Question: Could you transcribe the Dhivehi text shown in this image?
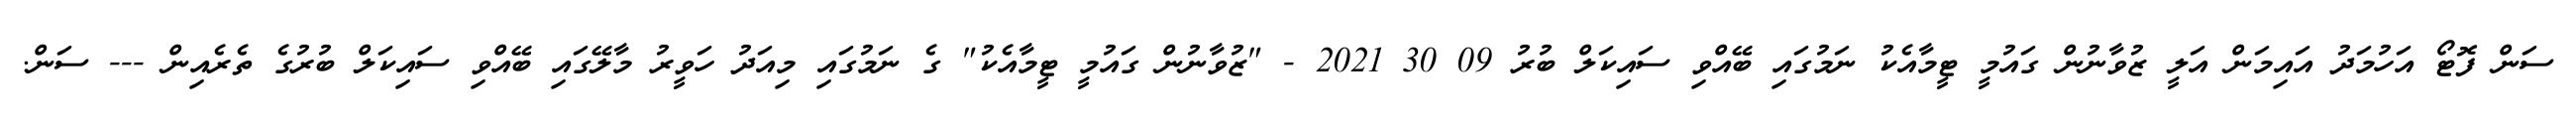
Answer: ސަން ފޮޓޯ އަހުމަދު އައިމަން އަލީ ޒުވާނުން ގައުމީ ޓީމާއެކު ނަމުގައި ބޭއްވި ސައިކަލް ބުރު 09 30 2021 - "ޒުވާނުން ގައުމީ ޓީމާއެކު" ގެ ނަމުގައި މިއަދު ހަވީރު މާލޭގައި ބޭއްވި ސައިކަލް ބުރުގެ ތެރެއިން --- ސަން.